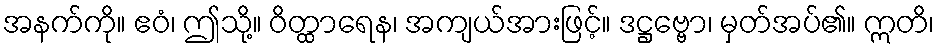
အနက်ကို။ ဧဝံ၊ ဤသို့။ ဝိတ္ထာရေန၊ အကျယ်အားဖြင့်။ ဒဋ္ဌဗ္ဗော၊ မှတ်အပ်၏။ ဣတိ၊